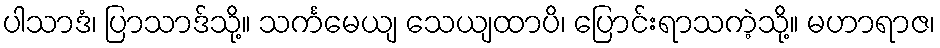
ပါသာဒံ၊ ပြာသာဒ်သို့။ သင်္ကမေယျ သေယျထာပိ၊ ပြောင်းရာသကဲ့သို့။ မဟာရာဇ၊